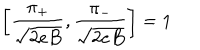
\left[ \frac { \pi _ { + } } { \sqrt { 2 e B } } , \frac { \pi _ { - } } { \sqrt { 2 e B } } \right] = 1